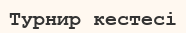
Турнир кестесі